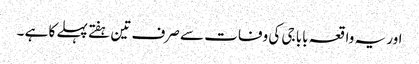
اور یہ واقعہ بابا جی کی وفات سے صرف تین ہفتے پہلے کا ہے ۔